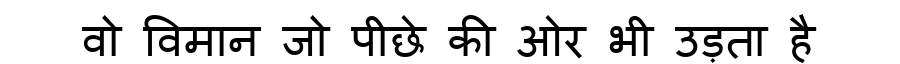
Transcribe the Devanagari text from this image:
वो विमान जो पीछे की ओर भी उड़ता है